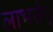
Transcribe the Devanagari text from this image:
लाभले।